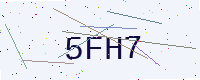
Text: 5FH7